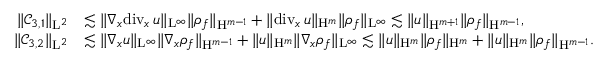
\begin{array} { r l } { \Vert \mathcal { C } _ { 3 , 1 } \Vert _ { \mathrm { L } ^ { 2 } } } & { \lesssim \Vert \nabla _ { x } \mathrm { d i v } _ { x } \, u \Vert _ { \mathrm { L } ^ { \infty } } \Vert \rho _ { f } \Vert _ { \mathrm { H } ^ { m - 1 } } + \Vert \mathrm { d i v } _ { x } \, u \Vert _ { \mathrm { H } ^ { m } } \Vert \rho _ { f } \Vert _ { \mathrm { L } ^ { \infty } } \lesssim \Vert u \Vert _ { \mathrm { H } ^ { m + 1 } } \Vert \rho _ { f } \Vert _ { \mathrm { H } ^ { m - 1 } } , } \\ { \Vert \mathcal { C } _ { 3 , 2 } \Vert _ { \mathrm { L } ^ { 2 } } } & { \lesssim \Vert \nabla _ { x } u \Vert _ { \mathrm { L } ^ { \infty } } \Vert \nabla _ { x } \rho _ { f } \Vert _ { \mathrm { H } ^ { m - 1 } } + \Vert u \Vert _ { \mathrm { H } ^ { m } } \Vert \nabla _ { x } \rho _ { f } \Vert _ { \mathrm { L } ^ { \infty } } \lesssim \Vert u \Vert _ { \mathrm { H } ^ { m } } \Vert \rho _ { f } \Vert _ { \mathrm { H } ^ { m } } + \Vert u \Vert _ { \mathrm { H } ^ { m } } \Vert \rho _ { f } \Vert _ { \mathrm { H } ^ { m - 1 } } . } \end{array}